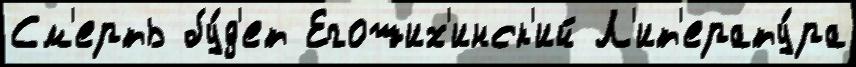
См'ерть бу́д'ет Егоших'инск'ий Л'ит'ерату́ра